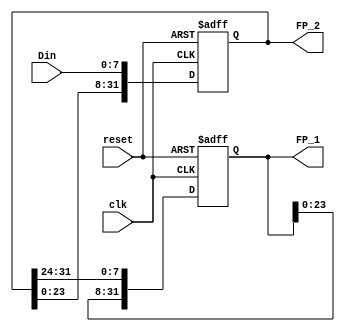
module Single_Precision_Floating_Point_Register(clk, reset, Din, FP_1, FP_2);
input clk, reset;
input[7:0] Din;
output[31:0] FP_1, FP_2;
reg[31:0] FP_1, FP_2;

always@(posedge clk, negedge reset)
	if(!reset)
		begin
			FP_1 <= 32'd0;
			FP_2 <= 32'd0;
		end
	else
		begin
			FP_2[7:0]   <= Din;
			FP_2[15:8]  <= FP_2[7:0];
			FP_2[23:16] <= FP_2[15:8];
			FP_2[31:24] <= FP_2[23:16];
			FP_1[7:0]   <= FP_2[31:24];
			FP_1[15:8]  <= FP_1[7:0];
			FP_1[23:16] <= FP_1[15:8];
			FP_1[31:24] <= FP_1[23:16];
		end
		
endmodule